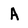
Character: A